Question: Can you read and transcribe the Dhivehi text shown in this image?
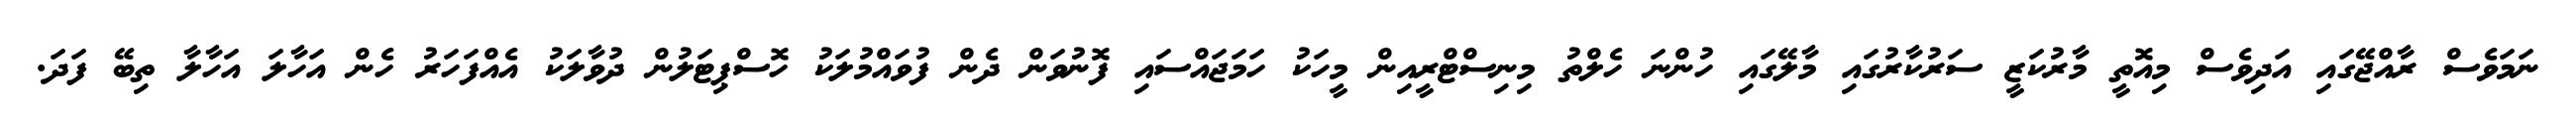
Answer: ނަމަވެސް ރާއްޖޭގައި އަދިވެސް މިއޮތީ މާރުކަޒީ ސަރުކާރުގައި މާލޭގައި ހުންނަ ހެލްތު މިނިސްޓްރީއިން މީހަކު ހަމަޖައްސައި ފޮނުވަން ދެން ފުވައްމުލަކު ހޮސްޕިޓަލުން ދުވާލަކު އެއްފަހަރު ހެން އަހާލަ އަހާލާ ތިބޭ ފަދަ.